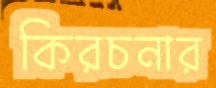
কিরচনার